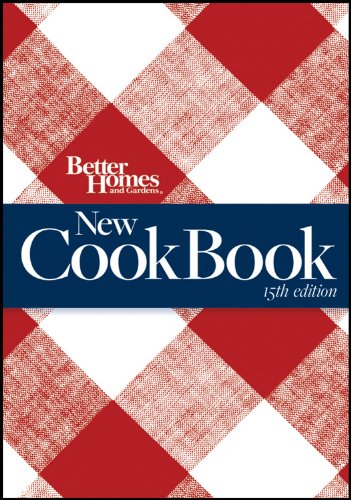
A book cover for Better Homes and Gardens New Cook Book; Better Homes and Gardens; Crafts, Hobbies & Home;